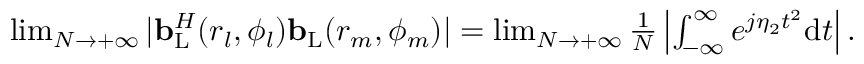
\begin{array} { r } { \operatorname* { l i m } _ { N \to + \infty } | { \bf { b } } _ { \mathrm { { L } } } ^ { H } ( r _ { l } , \phi _ { l } ) { \bf { b } } _ { \mathrm { L } } ( r _ { m } , \phi _ { m } ) | = \operatorname* { l i m } _ { N \to + \infty } \frac { 1 } { N } \left| \int _ { - \infty } ^ { \infty } e ^ { j \eta _ { 2 } t ^ { 2 } } \mathrm { { d } } t \right| . } \end{array}